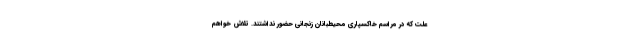
علت که در مراسم خاکسپاری محیطبانان زنجانی حضور نداشتند. تلاش خواهم